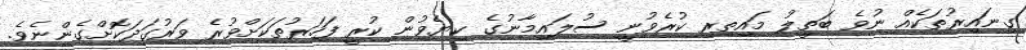
ގިނައިރުތަކެއް ނުވެ ބަތީލު މައިތިރި ކުރެވުނީ ސުލައިމާނުގެ ކިޔެވުން ކުރީ ފަހަރުތަކަށްވުރެ ވަރުގަދަކޮށްގެންނެވެ.